Lunatic asylums Central Provinces reports 1895-1909 - 1895-1909
Year: 1895
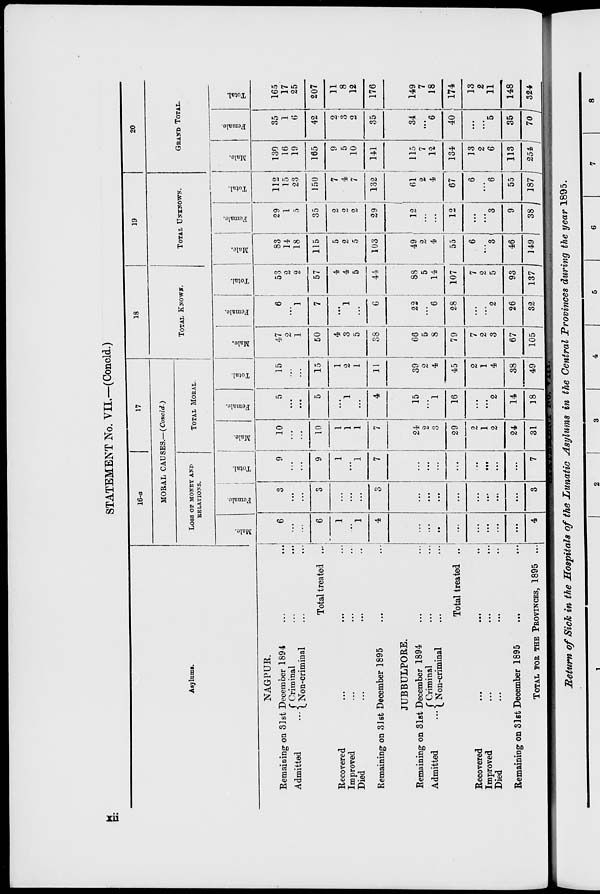
STATEMENT No. VII.—(Concld.)
Asylums.
NAGPUR.
Remaining on 31st December 1894 ... ...
Admitted
... Criminal ... ...
Non-criminal ... ...
Total treated ...
Recovered ... ... ...
Improved ... ... ...
Died ... ... ...
Remaining on 31st December 1895 ... ...
JUBBULPORE.
Remaining on 31st December 1894 ... ...
Admitted
... Criminal ... ...
Non-criminal ... ...
Total treated ...
Recovered
...
...
Improved ... ... ...
Died ... ... ...
Remaining on 31st December 1895 ... ...
TOTAL FOR THE PROVINCES, 1895 ...
16-a
17
MORAL CAUSES.—(Concld.)
LOSS OF MONEY AND
RELATIONS.
Male.
6
...
...
6
1
...
1
4
...
...
...
...
...
...
...
...
4
Female.
3
...
...
3
...
...
...
3
...
...
...
...
...
...
...
...
3
Total.
9
...
...
9
1
...
1
7
...
...
...
...
...
...
...
...
7
TOTAL MORAL.
Male.
10
...
...
10
1
1
1
7
24
2
3
29
2
1
2
24
31
Female.
5
...
...
5
...
1
...
4
15
...
1
16
...
...
2
14
18
Total.
15
...
...
15
1
2
1
11
39
2
4
45
2
1
4
38
49
18
TOTAL KNOWN.
Male.
47
2
1
50
4
3
5
38
66
5
8
79
7
2
3
67
105
Female.
6
...
1
7
...
1
...
6
22
...
6
28
...
...
2
26
32
Total.
53
2
2
57
4
4
5
44
88
5
14
107
7
2
5
93
137
19
TOTAL UNKNOWN.
Male.
83
14
18
115
5
2
5
103
49
2
4
55
6
...
3
46
149
Female.
29
1
5
35
2
2
2
29
12
...
...
12
...
...
3
9
38
Total.
112
15
23
150
7
4
7
132
61
2
4
67
6
...
6
55
187
20
GRAND TOTAL.
Male.
130
16
19
165
9
5
10
141
115
7
12
134
13
2
6
113
254
Female.
35
1
6
42
2
3
2
35
34
...
6
40
...
...
5
35
70
Total.
165
17
25
207
11
8
12
176
149
7
18
174
13
2
11
148
324
xii